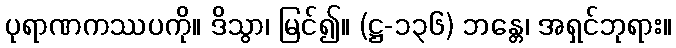
ပုရာဏကဿပကို။ ဒိသွာ၊ မြင်၍။ (ဋ္ဌ-၁၃၆) ဘန္တေ၊ အရှင်ဘုရား။